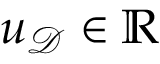
u _ { \mathcal { D } } \in \mathbb { R }